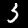
Label: 3